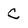
Character: C